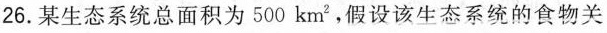
26.某生态系统总面积为500km^{2}，假设该生态系统的食物关